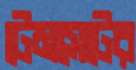
টেমসেটের